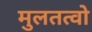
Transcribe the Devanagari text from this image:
मुलतत्वो